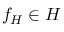
f _ { H } \in H